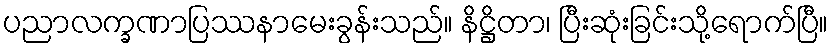
ပညာလက္ခဏာပြဿနာမေးခွန်းသည်။ နိဋ္ဌိတာ၊ ပြီးဆုံးခြင်းသို့ရောက်ပြီ။